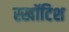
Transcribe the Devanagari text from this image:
स्खॉटिश